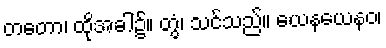
တတော၊ ထိုအခါ၌။ တွံ၊ သင်သည်။ ယေနယေနဝ၊